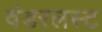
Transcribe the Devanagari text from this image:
वंडरलस्ट